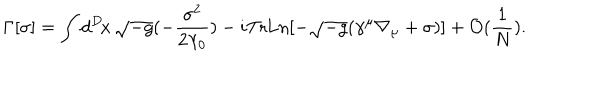
\Gamma [ \sigma ] = \int d ^ { D } \! x \, \sqrt { - g } ( - \frac { \sigma ^ { 2 } } { 2 \lambda _ { 0 } } ) - i \mathrm { T r } \mathrm { L n } [ - \sqrt { - g } ( \gamma ^ { \mu } \nabla _ { \mu } + \sigma ) ] + { \cal O } ( \frac { 1 } { N } ) .